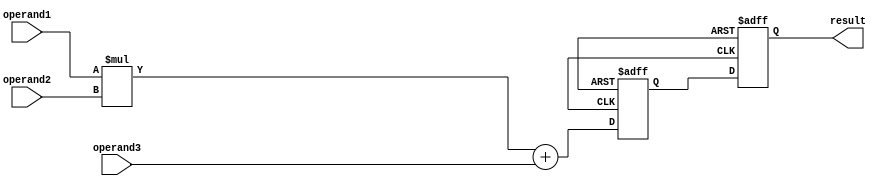
module fused_multiply_add_unit (
    input wire [31:0] operand1,
    input wire [31:0] operand2,
    input wire [31:0] operand3,
    output reg [31:0] result
);

// Floating point registers
reg [31:0] product;
reg [31:0] sum;

// Multiplier and adder
wire [31:0] product_wire;
wire [31:0] sum_wire;

// Multiplier
assign product_wire = operand1 * operand2;

// Adder
assign sum_wire = product_wire + operand3;

always @ (posedge clk or negedge rst)
begin
    if (!rst) begin
        product <= 32'b0;
        sum <= 32'b0;
        result <= 32'b0;
    end else begin
        product <= product_wire;
        sum <= sum_wire;
        result <= sum;
    end
end

endmodule